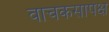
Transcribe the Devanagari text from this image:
वाचकसापेक्ष